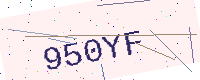
Text: 950YF